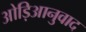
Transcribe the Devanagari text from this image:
ओड़िआनुवाद